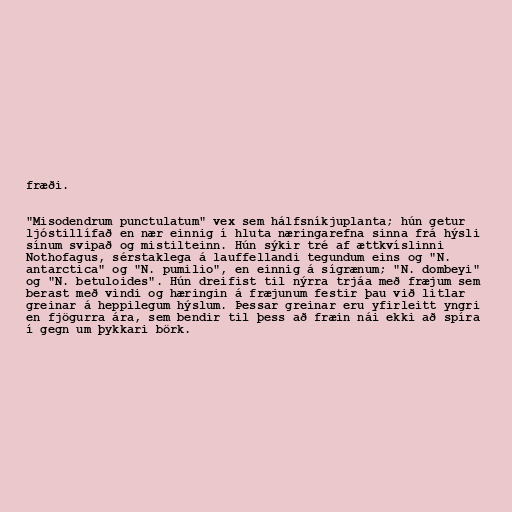
fræði.

"Misodendrum punctulatum" vex sem hálfsníkjuplanta; hún getur
ljóstillífað en nær einnig í hluta næringarefna sinna frá hýsli
sínum svipað og mistilteinn. Hún sýkir tré af ættkvíslinni
Nothofagus, sérstaklega á lauffellandi tegundum eins og "N.
antarctica" og "N. pumilio", en einnig á sígrænum; "N. dombeyi"
og "N. betuloides". Hún dreifist til nýrra trjáa með fræjum sem
berast með vindi og hæringin á fræjunum festir þau við litlar
greinar á heppilegum hýslum. Þessar greinar eru yfirleitt yngri
en fjögurra ára, sem bendir til þess að fræin nái ekki að spíra
í gegn um þykkari börk.